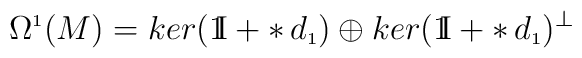
\Omega^{\scriptscriptstyle 1}(M)=ker(\mathrm{1\mkern-5muI\!}\hskip2pt + \ast\hskip 2pt d_{\scriptscriptstyle 1}) \oplus ker(\mathrm{1\mkern-5muI\!}\hskip2pt + \ast\hskip 2pt d_{\scriptscriptstyle 1})^{\perp}